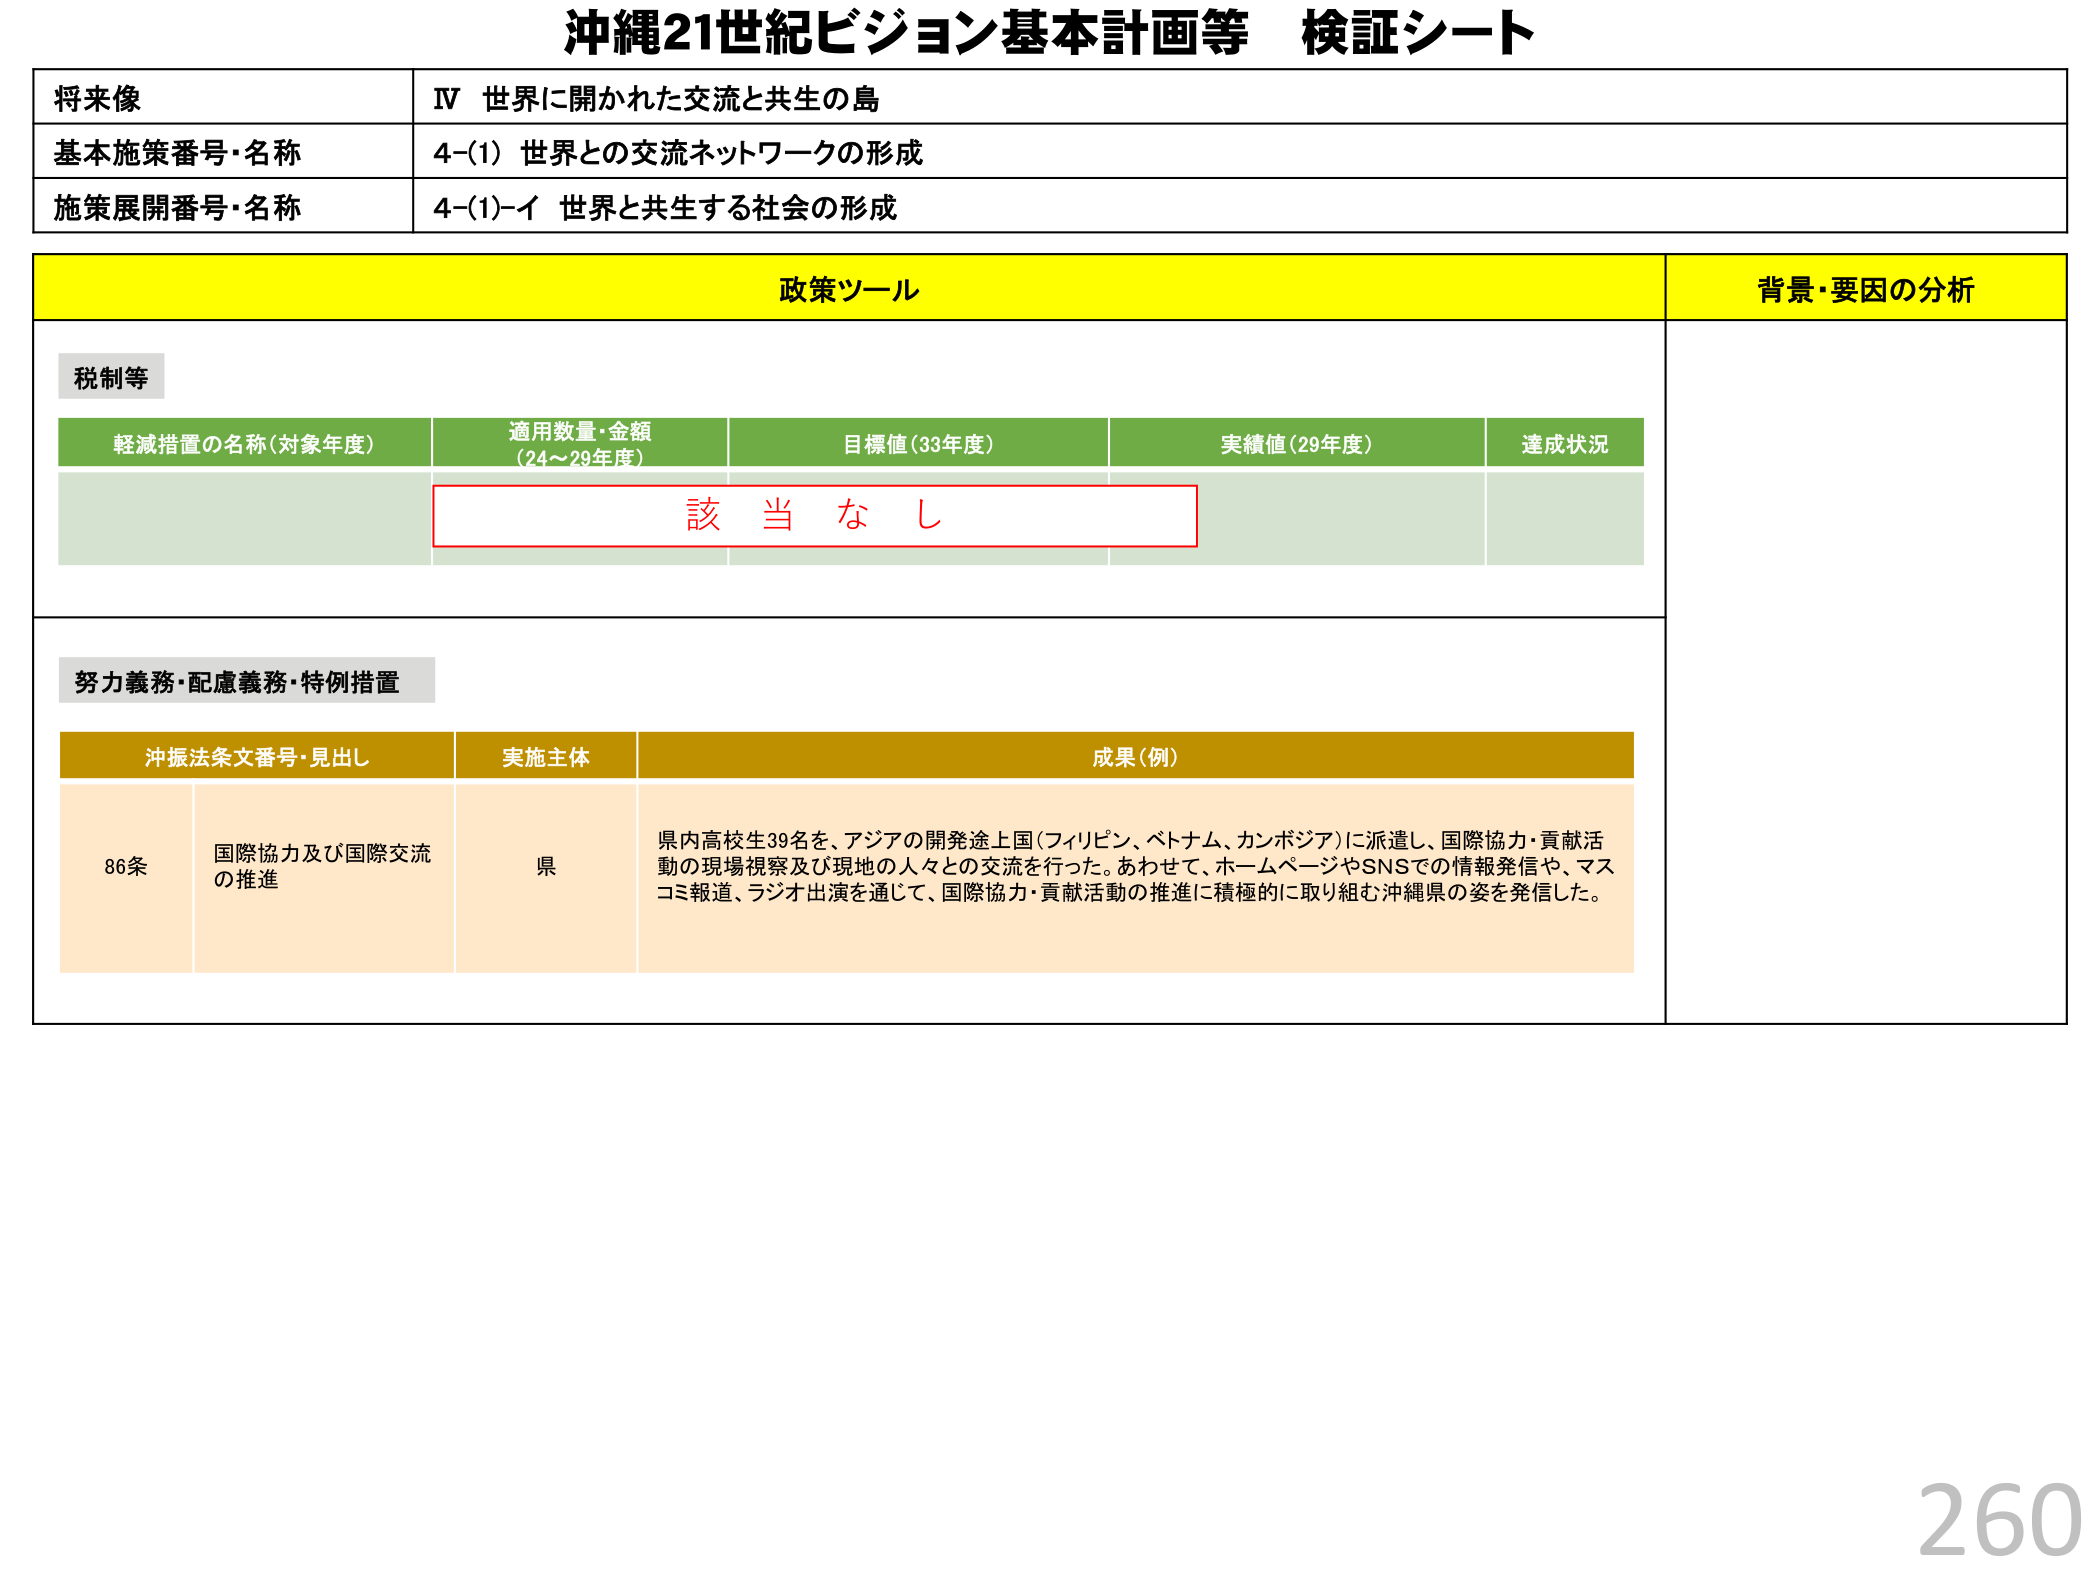
沖縄21世紀ビジョン基本計画等 検証シート

将来像
IV 世界に開かれた交流と共生の島

基本施策番号・名称
4-(1) 世界との交流ネットワークの形成

施策展開番号・名称
4-(1)-イ 世界と共生する社会の形成

政策ツール
背景・要因の分析

税制等

軽減措置の名称（対象年度）
適用数量・金額（24～29年度）
目標値（33年度）
実績値（29年度）
達成状況

該当なし

努力義務・配慮義務・特例措置

沖振法条文番号・見出し
実施主体
成果（例）

86条
国際協力及び国際交流の推進
県
県内高校生39名を、アジアの開発途上国（フィリピン、ベトナム、カンボジア）に派遣し、国際協力・貢献活動の現場視察及び現地の人々との交流を行った。あわせて、ホームページやSNSでの情報発信や、マスコミ報道、ラジオ出演を通じて、国際協力・貢献活動の推進に積極的に取り組む沖縄県の姿を発信した。

260